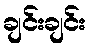
ချင်းချင်း